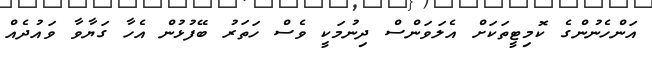
އަންހެނުންގެ ކޮމިޓީތަކަށް އެލަވަންސް ދިނުމަކީ ވެސް ހަތަރު ބޭފުޅުން އެހާ ގަޔާވާ ވައުދެއް